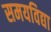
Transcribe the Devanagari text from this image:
समयविद्या